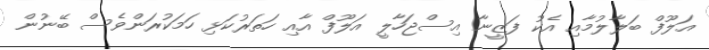
އަލޫފް ބަލާލުމާއި އެކު ފަޒީނާ އިސްޖަހާލީ އަލޫފް އާއި ހަތަރުކަޅި ހަމަކުރަންވެސް ބޭނުން